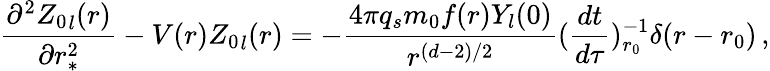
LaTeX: \frac{\partial^{2}{Z_{0}}_{l}(r)}{\partial r_{*}^{2}}-V(r){Z_{0}}_{l}(r)=-\frac{4\pi q_{s}m_{0}f(r)Y_{l}(0)}{r^{(d-2)/2}}(\frac{dt}{d\tau})_{r_{0}}^{-1}\delta(r-r_{0})\, ,